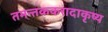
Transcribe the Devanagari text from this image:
तमन्तककरादाकृष्य